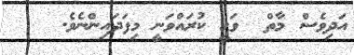
އަދިވެސް މާތް  ވަޙީ ކުރައްވަނީ މިފަދައިންނެވެ.